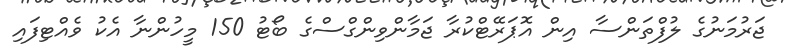
ޖަރުމަނުގެ ލުފްތަންސާ އިން އޮޕަރޭޓްކުރާ ޖަމާންވިންގްސްގެ ބޯޓު 150 މީހުންނާ އެކު ވެއްޓިފައި